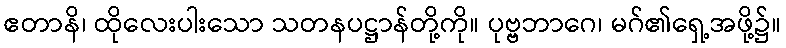
ဧတာနိ၊ ထိုလေးပါးသော သတနပဋ္ဌာန်တို့ကို။ ပုဗ္ဗဘာဂေ၊ မဂ်၏ရှေ့အဖို့၌။